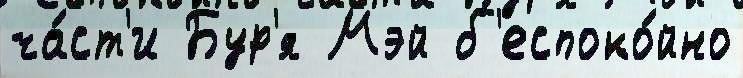
ча́ст'и Бур'я Мэй б'еспоко́йно